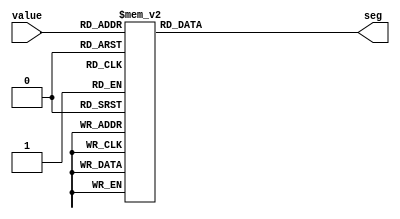
module display(output reg [6:0] seg, input [3:0] value);

    always @ (value) begin
        case(value)
            4'd0: seg = 7'b1000000;
            4'd1: seg = 7'b1111001;
            4'd2: seg = 7'b0100100;
            4'd3: seg = 7'b0110000;
            4'd4: seg = 7'b0011001;
            4'd5: seg = 7'b0010010;
            4'd6: seg = 7'b0000010;
            4'd7: seg = 7'b1111000;
            4'd8: seg = 7'b0000000;
            4'd9: seg = 7'b0011000;
            default: seg = 7'b1111111;
        endcase
    end

endmodule